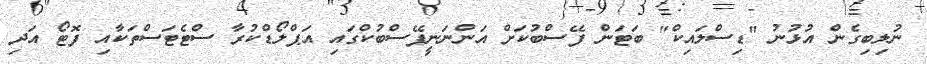
ނުލިބިގެން އުޅުނު "ޑިސްލައިކް" ބަޓަން ފޭސްބުކަށް އަންނަނީފޭސްބުކްގައި އަޕްލޯޑްކުރާ ސްޓެޓަސްތަކާއި ފޮޓޯ އަދި